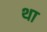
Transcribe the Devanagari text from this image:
था